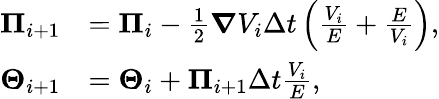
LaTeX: \begin{array}{rl}{\boldsymbol{\Pi}_{i+1}}&{=\boldsymbol{\Pi}_{i}-\frac{1}{2}\boldsymbol{\nabla}V_{i}\Delta t\left(\frac{V_{i}}{E}+\frac{E}{V_{i}}\right),}\\ {\boldsymbol{\Theta}_{i+1}}&{=\boldsymbol{\Theta}_{i}+\boldsymbol{\Pi}_{i+1}\Delta t\frac{V_{i}}{E},}\end{array}